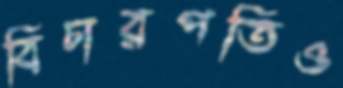
বিচারপতিও